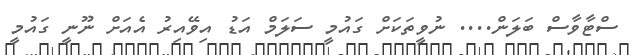
ސްޓާވާސް ބަލަން.... ނުވީތަކަށް ގައުމީ ސަލަމް އަޑު އިވޭއިރު އެއަށް ނޫނީ ގައުމީ